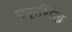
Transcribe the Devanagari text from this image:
मयूरशिख